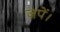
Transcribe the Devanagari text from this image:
जपें।